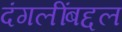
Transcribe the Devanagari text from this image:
दंगलींबद्दल